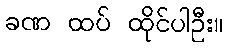
ခဏ ထပ် ထိုင်ပါဦး။